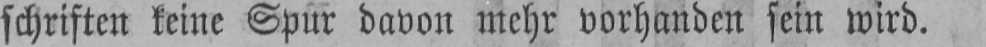
schriften keine Spur davon mehr vorhanden sein wird.